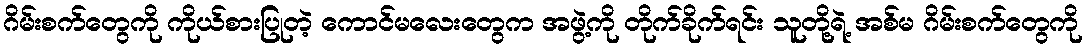
ဂိမ်းစက်တွေကို ကိုယ်စားပြုတဲ့ ကောင်မလေးတွေက အဖွဲ့ကို တိုက်ခိုက်ရင်း သူတို့ရဲ့ အစ်မ ဂိမ်းစက်တွေကို